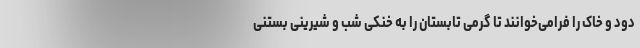
دود و خاک را فرامی‌خوانند تا گرمی تابستان را به خنکی شب و شیرینی بستنی